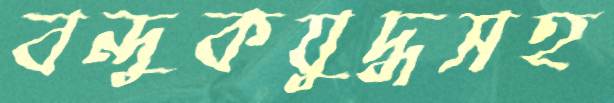
বন্দুকযুদ্ধসহ